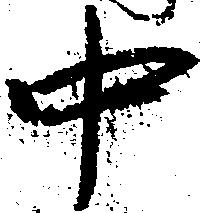
中